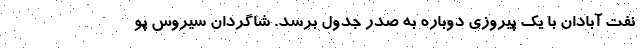
نفت آبادان با یک پیروزی دوباره به صدر جدول برسد. شاگردان سیروس پو